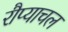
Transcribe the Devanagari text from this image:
रौप्याचल